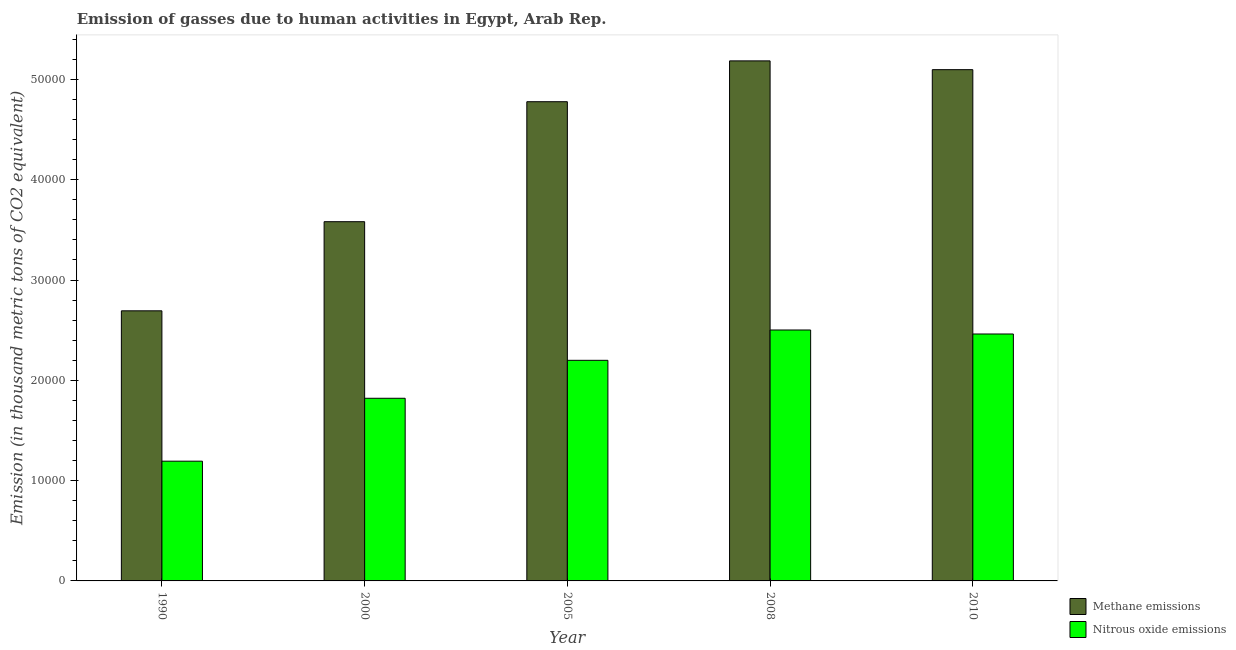
| Year | Methane emissions | Nitrous oxide emissions |
 | --- | --- | --- |
 | 1990 | 2.69e+04 | 1.19e+04 |
 | 2000 | 3.58e+04 | 1.82e+04 |
 | 2005 | 4.78e+04 | 2.2e+04 |
 | 2008 | 5.18e+04 | 2.5e+04 |
 | 2010 | 5.1e+04 | 2.46e+04 |